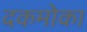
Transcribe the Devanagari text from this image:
दकमोका